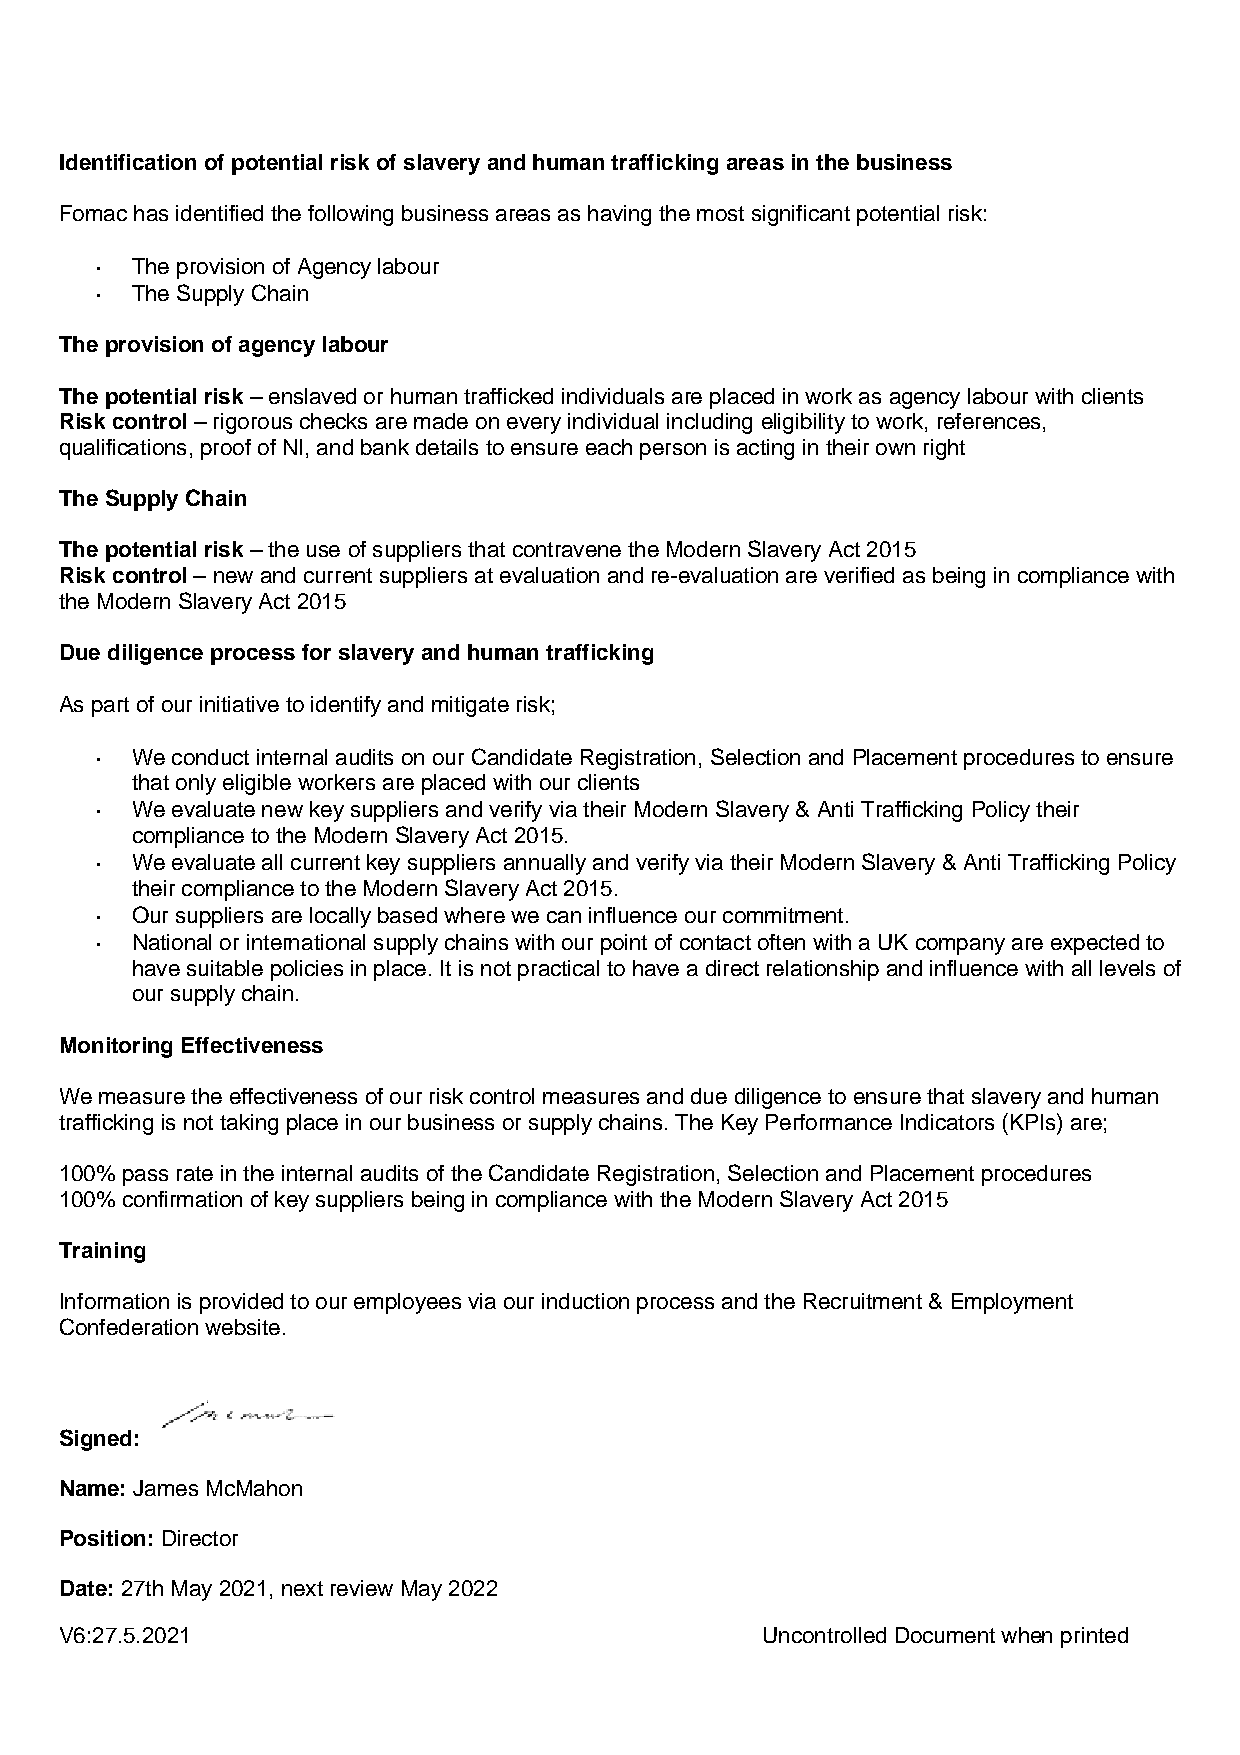
Identification of potential risk of slavery and human trafficking areas in the business
 Fomac has identified the following business areas as having the most significant potential risk:
 • The provision of Agency labour
 • The Supply Chain
 The provision of agency labour
 The potential risk – enslaved or human trafficked individuals are placed in work as agency labour with clients
 Risk control – rigorous checks are made on every individual including eligibility to work, references,
 qualifications, proof of NI, and bank details to ensure each person is acting in their own right
 The Supply Chain
 The potential risk – the use of suppliers that contravene the Modern Slavery Act 2015
 Risk control – new and current suppliers at evaluation and re-evaluation are verified as being in compliance with
 the Modern Slavery Act 2015
 Due diligence process for slavery and human trafficking
 As part of our initiative to identify and mitigate risk;
 • We conduct internal audits on our Candidate Registration, Selection and Placement procedures to ensure
 that only eligible workers are placed with our clients
 • We evaluate new key suppliers and verify via their Modern Slavery & Anti Trafficking Policy their
 compliance to the Modern Slavery Act 2015.
 • We evaluate all current key suppliers annually and verify via their Modern Slavery & Anti Trafficking Policy
 their compliance to the Modern Slavery Act 2015.
 • Our suppliers are locally based where we can influence our commitment.
 • National or international supply chains with our point of contact often with a UK company are expected to
 have suitable policies in place. It is not practical to have a direct relationship and influence with all levels of
 our supply chain.
 Monitoring Effectiveness
 We measure the effectiveness of our risk control measures and due diligence to ensure that slavery and human
 trafficking is not taking place in our business or supply chains. The Key Performance Indicators (KPIs) are;
 100% pass rate in the internal audits of the Candidate Registration, Selection and Placement procedures
 100% confirmation of key suppliers being in compliance with the Modern Slavery Act 2015
 Training
 Information is provided to our employees via our induction process and the Recruitment & Employment
 Confederation website.
 Signed:
 Name: James McMahon
 Position: Director
 Date: 27th May 2021, next review May 2022
 V6:27.5.2021                                   Uncontrolled Document when printed